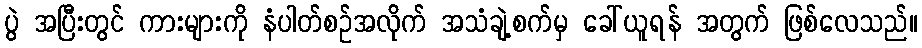
ပွဲ အပြီးတွင် ကားများကို နံပါတ်စဉ်အလိုက် အသံချဲ့စက်မှ ခေါ်ယူရန် အတွက် ဖြစ်လေသည်။